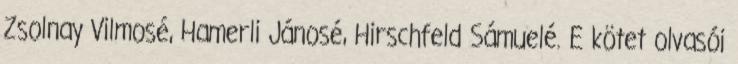
Zsolnay Vilmosé, Hamerli Jánosé, Hirschfeld Sámuelé. E kötet olvasói